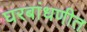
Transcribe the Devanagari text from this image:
घरबांधणीत